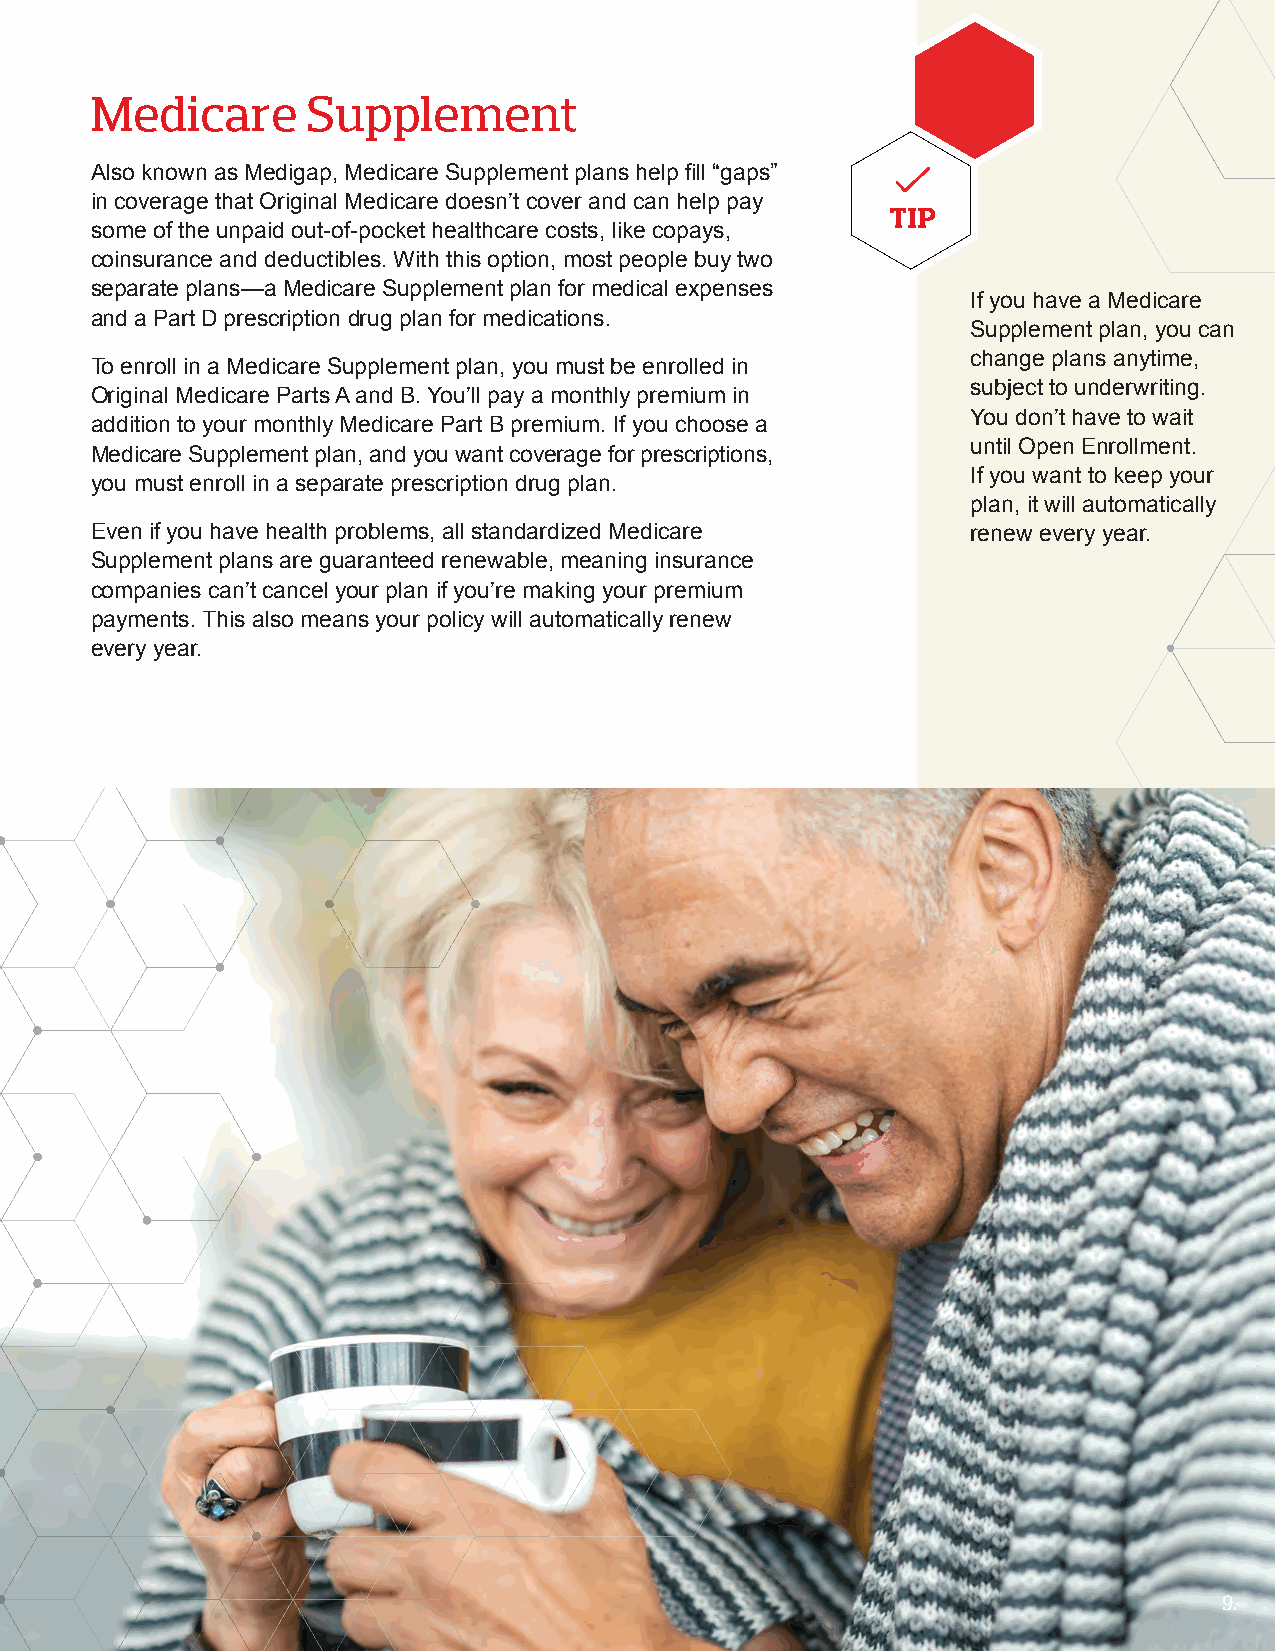
Medicare      Supplement
 Also known as Medigap, Medicare Supplement plans help fill “gaps”
 in coverage that Original Medicare doesn’t cover and can help pay
 TIP
 some of the unpaid out-of-pocket healthcare costs, like copays,
 coinsurance and deductibles. With this option, most people buy two
 separate plans—a Medicare Supplement plan for medical expenses
 If you have a Medicare
 and a Part D prescription drug plan for medications.
 Supplement plan, you can
 change plans anytime,
 To enroll in a Medicare Supplement plan, you must be enrolled in
 subject to underwriting.
 Original Medicare Parts A and B. You’ll pay a monthly premium in
 You don’t have to wait
 addition to your monthly Medicare Part B premium. If you choose a
 until Open Enrollment.
 Medicare Supplement plan, and you want coverage for prescriptions,
 If you want to keep your
 you must enroll in a separate prescription drug plan.
 plan, it will automatically
 Even if you have health problems, all standardized Medicare renew every year.
 Supplement plans are guaranteed renewable, meaning insurance
 companies can’t cancel your plan if you’re making your premium
 payments. This also means your policy will automatically renew
 every year.
 9.